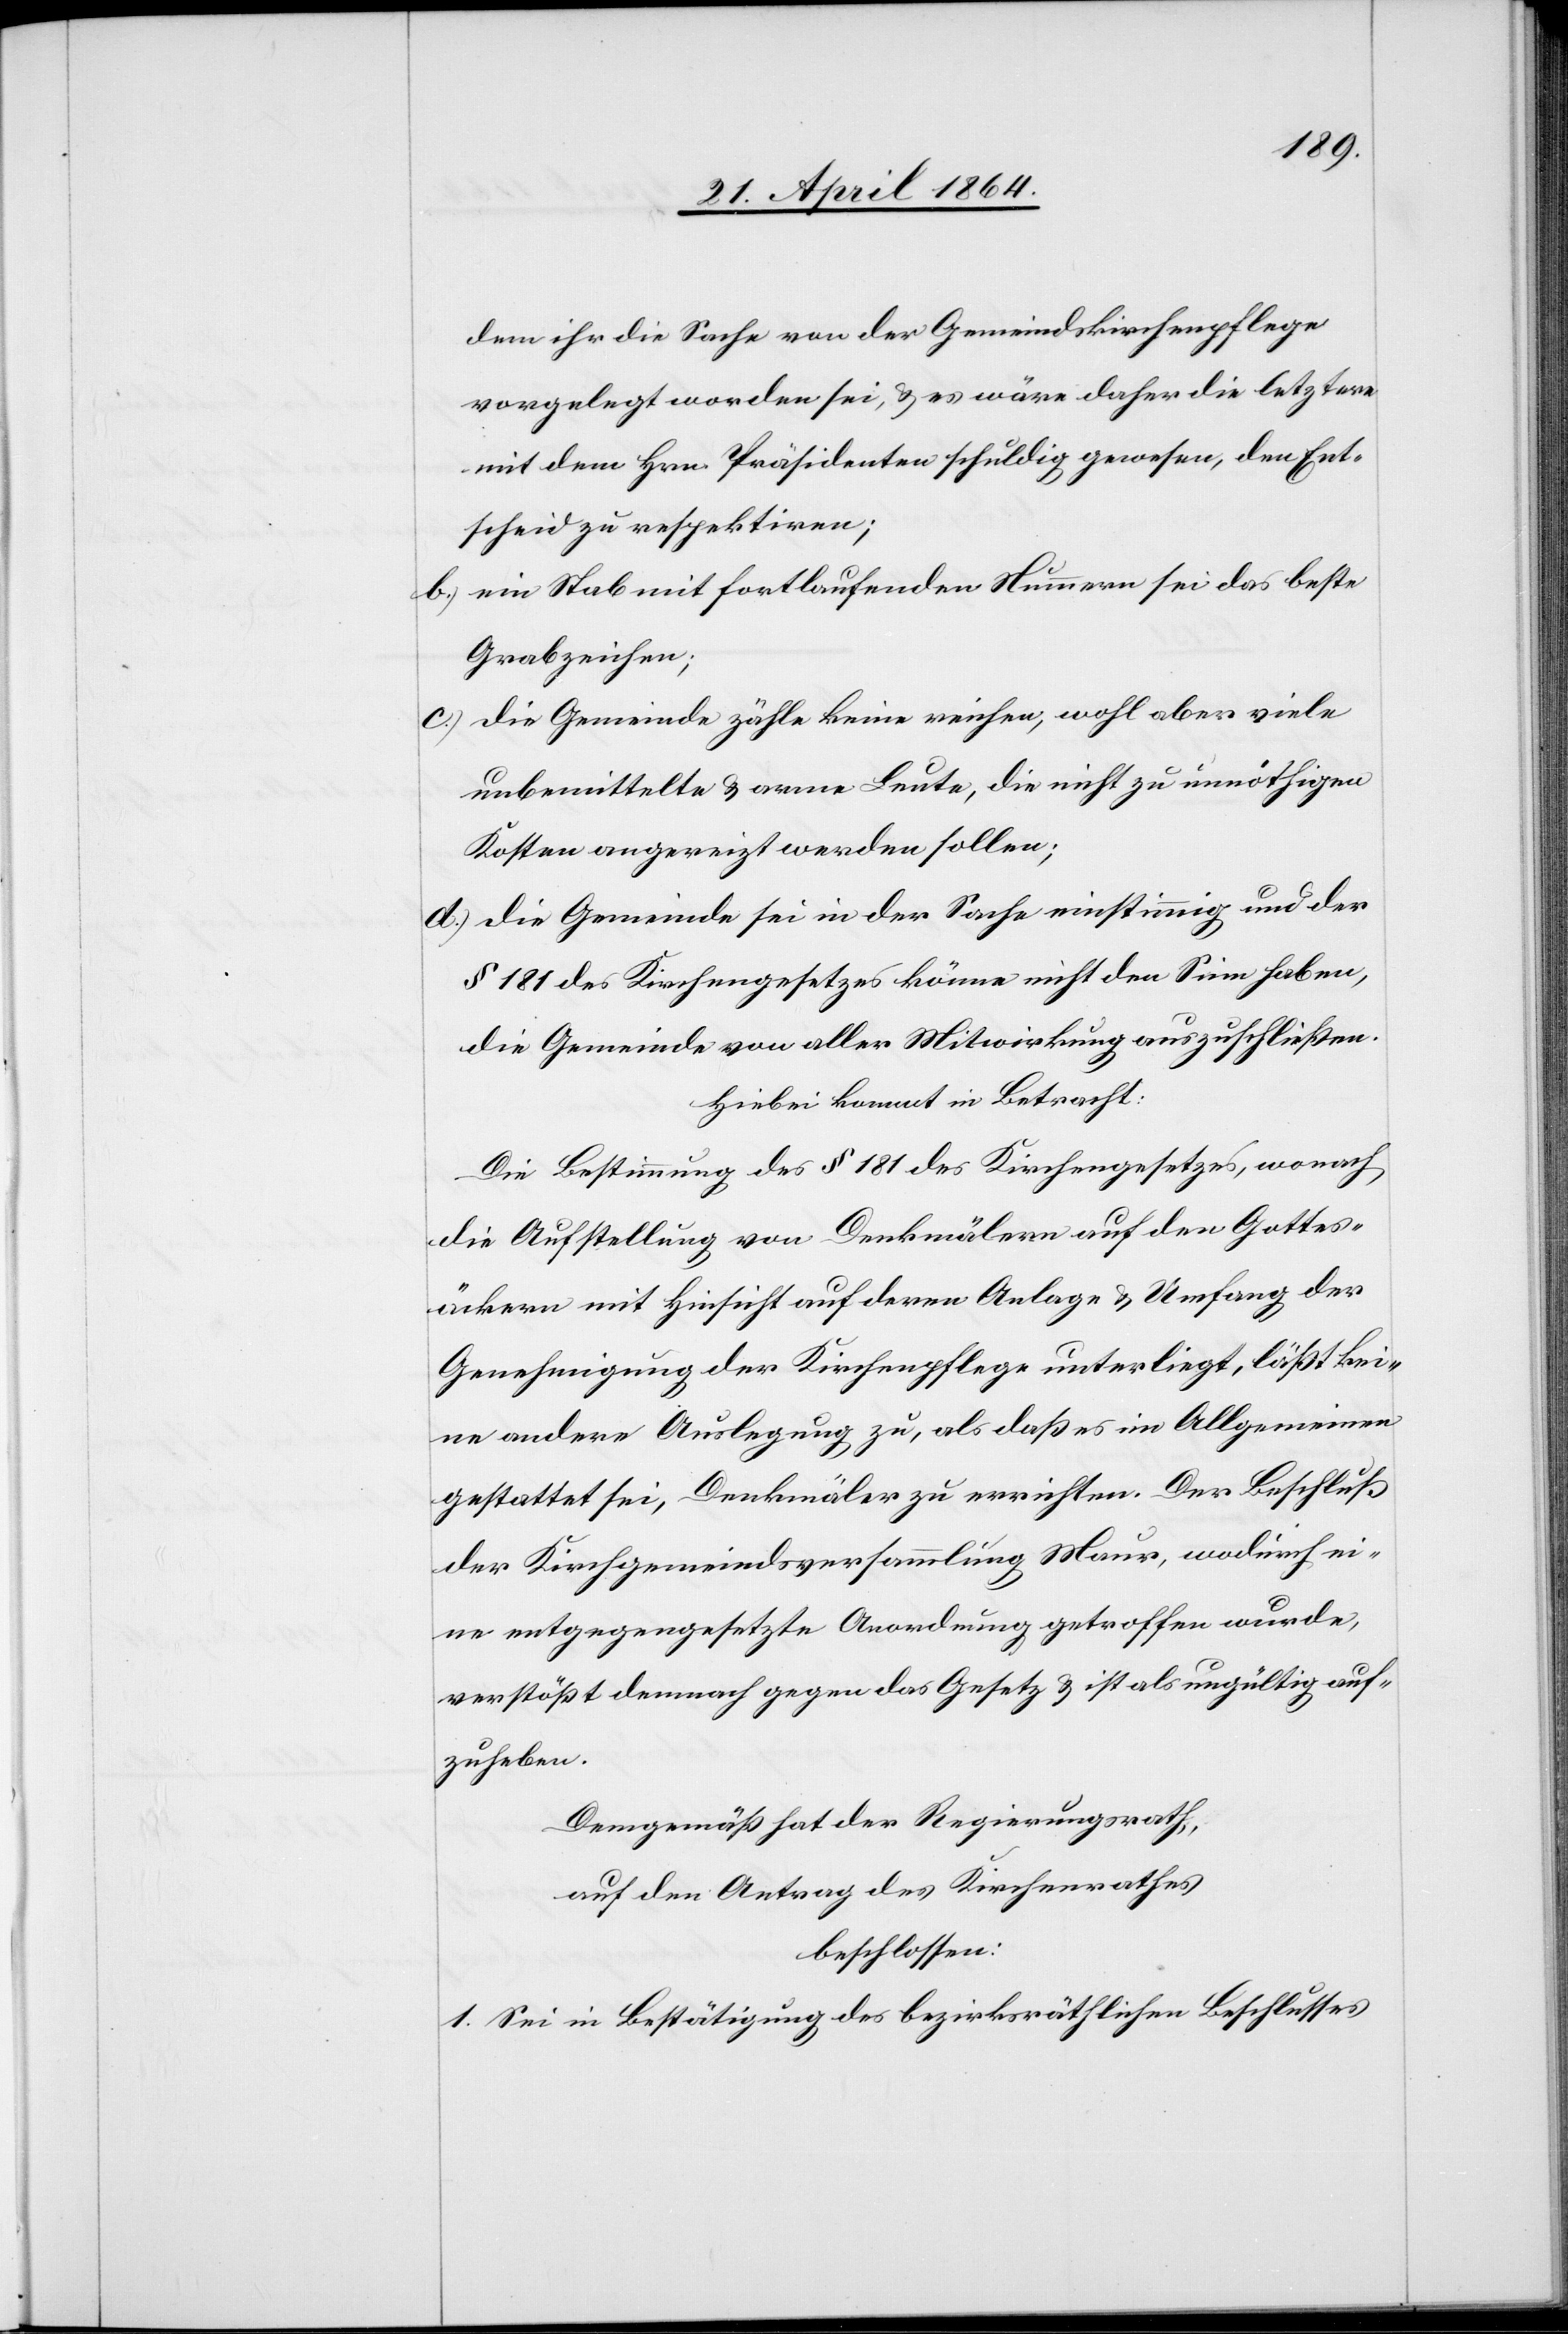
dem ihr die Sache von der Gemeindskirchenpflege
vorgelegt worden sei, u. es wäre daher die letztere
mit dem Hrn. Präsidenten schuldig gewesen, den Ent¬
scheid zu respektiren;
b.) ein Stab mit fortlaufenden Nummern sei das beste
Grabzeichen;
c.) die Gemeinde zähle keine reichen, wohl aber viele
unbemittelte u. arme Leute, die nicht zu unnöthigen
Kosten angereizt werden sollen;
d.) die Gemeinde sei in der Sache einstimmig und der
§ 181 des Kirchengesetzes könne nicht den Sinn haben,
die Gemeinde von aller Mitwirkung auszuschließen.
Hiebei kommt in Betracht:
Die Bestimmung des § 181 des Kirchengesetzes, wonach
die Aufstellung von Denkmälern auf den Gottes¬
äckern mit Hinsicht auf deren Anlage u. Umfang der
Genehmigung der Kirchenpflege unterliegt, läßt kei¬
ne andere Auslegung zu, als daß es im Allgemeinen
gestattet sei, Denkmäler zu errichten. Der Beschluß
der Kirchgemeindsversammlung Maur, wodurch ei¬
ne entgegengesetzte Anordnung getroffen wurde,
verstößt demnach gegen das Gesetz u. ist als ungültig auf¬
zuheben.
Demgemäß hat der Regierungsrath,
auf den Antrag des Kirchenrathes
beschlossen:
1. Sei in Bestätigung des bezirksräthlichen Beschlusses